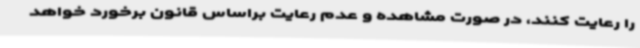
را رعایت کنند، در صورت مشاهده و عدم رعایت براساس قانون برخورد خواهد